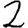
Digit: 2